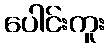
ပေါင်းကူး